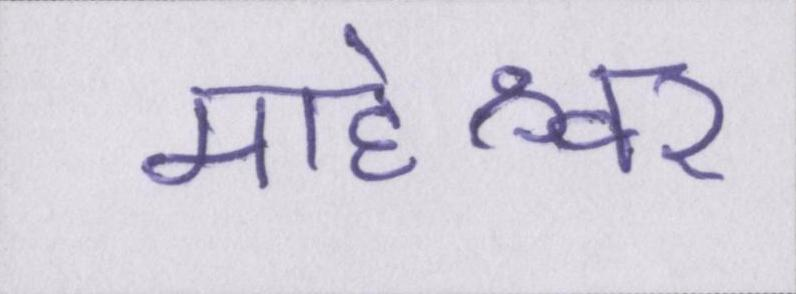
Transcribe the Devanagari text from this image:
माहेश्वर